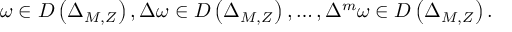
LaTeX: \omega \in D \left( \Delta _ { M , Z } \right) , \Delta \omega \in D \left( \Delta _ { M , Z } \right) , \ldots , \Delta ^ { m } \omega \in D \left( \Delta _ { M , Z } \right) .